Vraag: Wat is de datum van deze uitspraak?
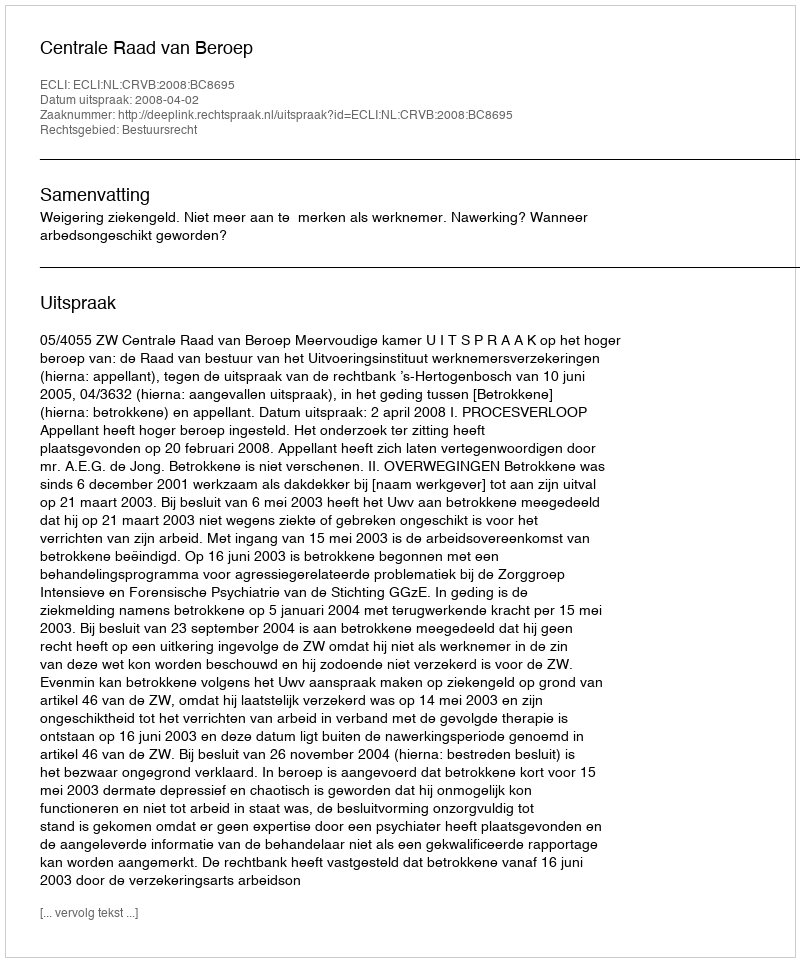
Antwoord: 2008-04-02